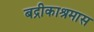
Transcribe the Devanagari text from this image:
बद्रीकाश्रमास